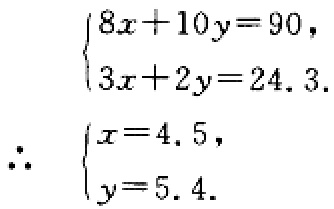
\[\begin{cases}8x + 10y = 90,\\3x + 2y = 24.3.\end{cases}\]

\[\therefore \begin{cases}x = 4.5,\\y = 5.4.\end{cases}\]